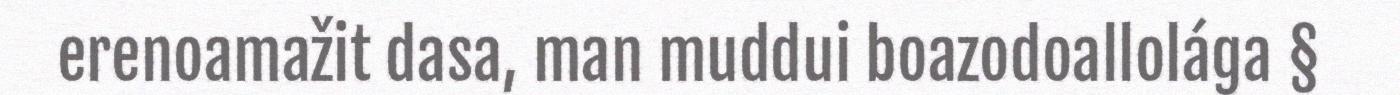
erenoamažit dasa, man muddui boazodoallolága §